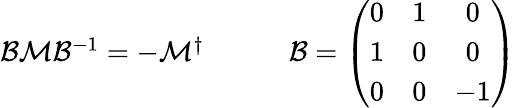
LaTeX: \begin{array}{cc}{{{\cal B}{\cal M}{\cal B}^{-1}=-{\cal M}^{\dagger}~~~~}}&{{~~~~{\cal B}=\left(\begin{array}{ccc}{{0}}&{{1}}&{{0}}\\ {{1}}&{{0}}&{{0}}\\ {{0}}&{{0}}&{{-1}}\end{array}\right)}}\end{array}